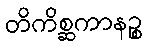
တိကိစ္ဆကာနဉ္စ